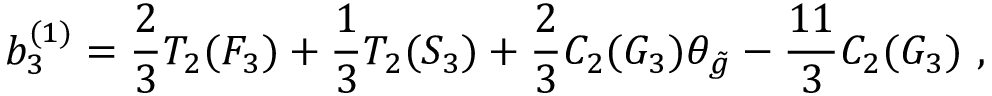
b _ { 3 } ^ { ( 1 ) } = { \frac { 2 } { 3 } } T _ { 2 } ( F _ { 3 } ) + { \frac { 1 } { 3 } } T _ { 2 } ( S _ { 3 } ) + { \frac { 2 } { 3 } } C _ { 2 } ( G _ { 3 } ) \theta _ { \tilde { g } } - { \frac { 1 1 } { 3 } } C _ { 2 } ( G _ { 3 } ) \ ,